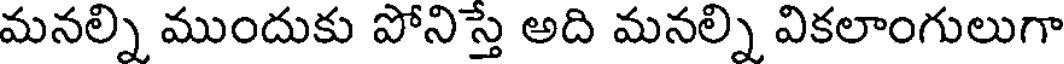
మనల్ని ముందుకు పోనిస్తే అది మనల్ని వికలాంగులుగా